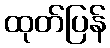
ထုတ်ပြန်